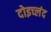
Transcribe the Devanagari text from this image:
दोइच्लंद